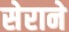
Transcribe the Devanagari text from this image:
सेराने